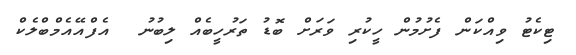
ޓިކެޓު ވިއްކަން ފެށުމުން ހީކުރި ވަރަށް ބޮޑު ތަރުހީބެއް ލިބުނު  އެފްއޭއެމްބްލެކް